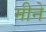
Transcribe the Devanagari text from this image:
मीने